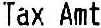
TAX AMT